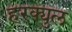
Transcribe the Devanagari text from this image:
हरक्युल